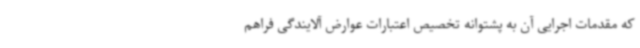
که مقدمات اجرایی آن به پشتوانه تخصیص اعتبارات عوارض آلایندگی فراهم